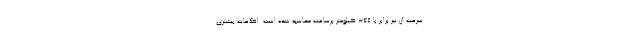
سرعت آن نیز برابر با 345 کیلومتر برساعت محاسبه شده است. اطلاعات بیشتری